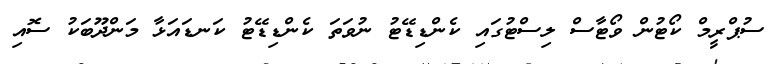
ސުޕްރީމް ކޯޓުން ވޯޓާސް ލިސްޓުގައި ކެންޑިޑޭޓު ނުވަތަ ކެންޑިޑޭޓު ކަނޑައަޅާ މަންދޫބަކު ސޮއި